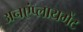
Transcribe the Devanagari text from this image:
अनएंप्लायमेंट